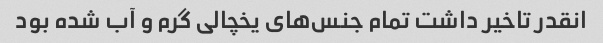
انقدر تاخیر داشت تمام جنس‌های یخچالی گرم و آب شده بود